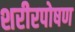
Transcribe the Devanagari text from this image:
शरीरपोषण